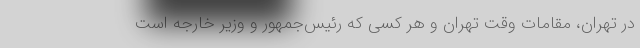
در تهران، مقامات وقت تهران و هر کسی که رئیس‌جمهور و وزیر خارجه است